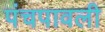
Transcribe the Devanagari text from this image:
पंचपावली